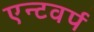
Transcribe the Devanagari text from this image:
एन्टवर्प